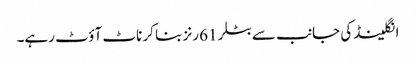
انگلینڈ کی جانب سے بٹلر 61 رنز بنا کر ناٹ آؤٹ رہے۔